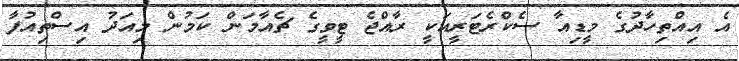
އެ އިއްތިހާދުގެ މީޑިއާ ސެކްރެޓަރީއަކީ ރާއްޖެ ޓީވީގެ ޗެއާމަން ކަމުން މިއަދު އިސްތިއުފާ